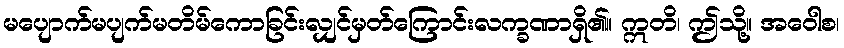
မပျောက်မပျက်မတိမ်ကောခြင်းလျှင်မှတ်ကြောင်းလက္ခဏာရှိ၏။ ဣတိ၊ ဤသို့။ အဝေါစ၊